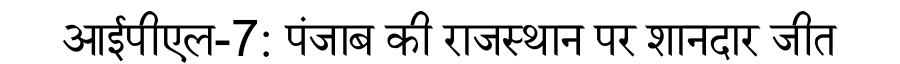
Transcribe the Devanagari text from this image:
आईपीएल-7: पंजाब की राजस्थान पर शानदार जीत